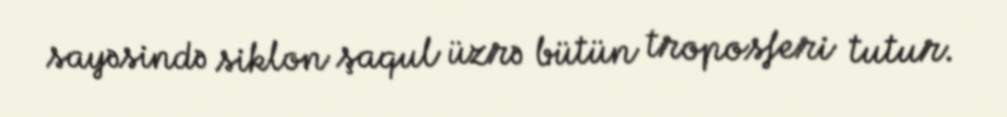
sayəsində siklon şaqul üzrə bütün troposferi tutur.